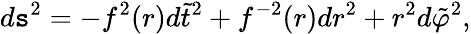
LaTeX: d\mathtt{s}^{2}=-f^{2}(r)d\tilde{{t}}^{2}+f^{-2}(r)dr^{2}+r^{2}d\tilde{{\varphi}}^{2},